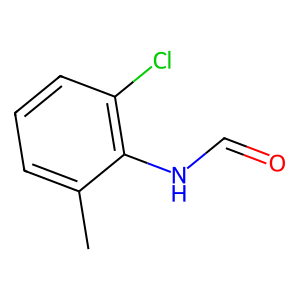
SMILES: Cc1cccc(Cl)c1NC=O
Inhibits HIV replication: No